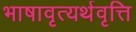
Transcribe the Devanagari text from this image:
भाषावृत्यर्थवृत्ति